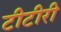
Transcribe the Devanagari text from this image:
टीटीरी